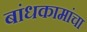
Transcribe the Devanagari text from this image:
बांधकामांचा